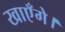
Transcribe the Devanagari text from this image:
खाएँगे।